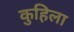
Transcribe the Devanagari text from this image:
कुहिला